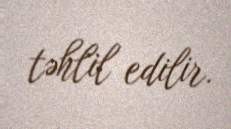
təhlil edilir.